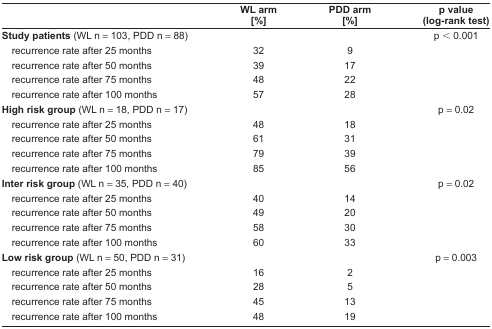
<table><thead><tr><td></td><td><b>WL arm [%]</b></td><td><b>PDD arm [%]</b></td><td><b>p value (log-rank test)</b></td></tr></thead><tbody><tr><td><b>Study patients</b> (WL n = 103, PDD n = 88)</td><td></td><td></td><td>p &lt; 0.001</td></tr><tr><td>recurrence rate after 25 months</td><td>32</td><td>9</td><td></td></tr><tr><td>recurrence rate after 50 months</td><td>39</td><td>17</td><td></td></tr><tr><td>recurrence rate after 75 months</td><td>48</td><td>22</td><td></td></tr><tr><td>recurrence rate after 100 months</td><td>57</td><td>28</td><td></td></tr><tr><td><b>High risk group</b> (WL n = 18, PDD n = 17)</td><td></td><td></td><td>p = 0.02</td></tr><tr><td>recurrence rate after 25 months</td><td>48</td><td>18</td><td></td></tr><tr><td>recurrence rate after 50 months</td><td>61</td><td>31</td><td></td></tr><tr><td>recurrence rate after 75 months</td><td>79</td><td>39</td><td></td></tr><tr><td>recurrence rate after 100 months</td><td>85</td><td>56</td><td></td></tr><tr><td><b>Inter risk group</b> (WL n = 35, PDD n = 40)</td><td></td><td></td><td>p = 0.02</td></tr><tr><td>recurrence rate after 25 months</td><td>40</td><td>14</td><td></td></tr><tr><td>recurrence rate after 50 months</td><td>49</td><td>20</td><td></td></tr><tr><td>recurrence rate after 75 months</td><td>58</td><td>30</td><td></td></tr><tr><td>recurrence rate after 100 months</td><td>60</td><td>33</td><td></td></tr><tr><td><b>Low risk group</b> (WL n = 50, PDD n = 31)</td><td></td><td></td><td>p = 0.003</td></tr><tr><td>recurrence rate after 25 months</td><td>16</td><td>2</td><td></td></tr><tr><td>recurrence rate after 50 months</td><td>28</td><td>5</td><td></td></tr><tr><td>recurrence rate after 75 months</td><td>45</td><td>13</td><td></td></tr><tr><td>recurrence rate after 100 months</td><td>48</td><td>19</td><td></td></tr></tbody></table>